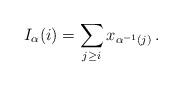
LaTeX: \begin{align*} I_\alpha (i) = \sum_{j \geq i} x_{\alpha^{-1} (j)} \, . \end{align*}